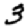
Digit: 3